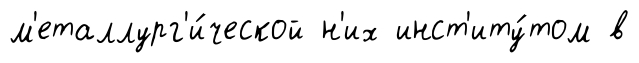
м'еталлург'и́ческой н'их инст'иту́том в